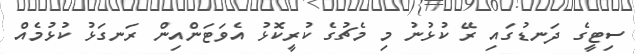
ސިޓީގެ ދަނޑުގައި ރޭ ކުޅުނު މި މެޗުގެ ކުރީކޮޅު އެވަޓަންއިން ރަނގަޅު ކުޅުމެއް